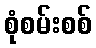
စုံစမ်းစစ်